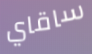
ساقاي